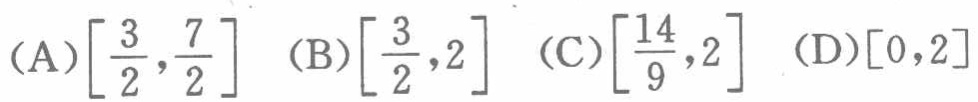
(A)\(\left[\frac{3}{2},\frac{7}{2}\right]\) (B)\(\left[\frac{3}{2},2\right]\) (C)\(\left[\frac{14}{9},2\right]\) (D)\([0,2]\)